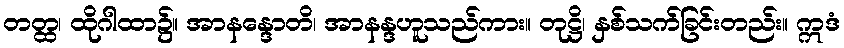
တတ္ထ၊ ထိုဂါထာ၌။ အာနန္ဒောတိ၊ အာနန္ဒဟူသည်ကား။ တုဋ္ဌိ၊ နှစ်သက်ခြင်းတည်း။ ဣဒံ